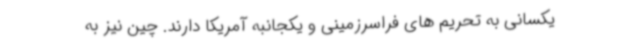
یکسانی به تحریم های فراسرزمینی و یکجانبه آمریکا دارند. چین نیز به